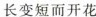
长变短而开花